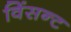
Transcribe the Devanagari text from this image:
विंसन्ट